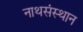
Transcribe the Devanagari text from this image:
नाथसंस्थान